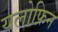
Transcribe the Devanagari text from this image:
यलोफ़िन